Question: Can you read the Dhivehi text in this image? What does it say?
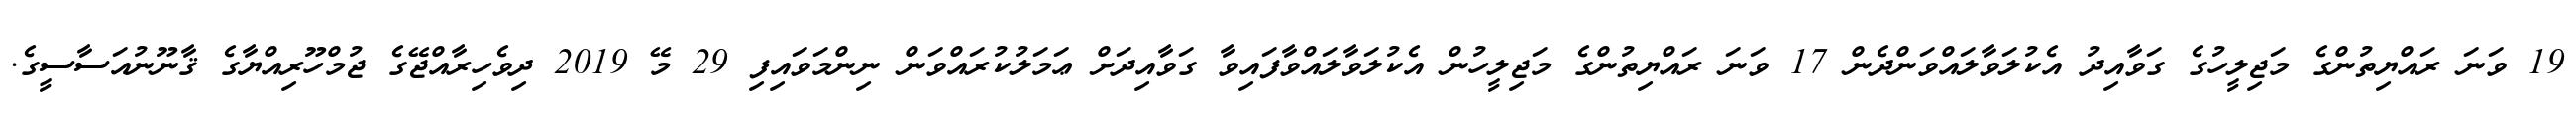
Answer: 19 ވަނަ ރައްޔިތުންގެ މަޖިލީހުގެ ގަވާއިދު އެކުލަވާލައްވަންދެން 17 ވަނަ ރައްޔިތުންގެ މަޖިލީހުން އެކުލަވާލައްވާފައިވާ ގަވާއިދަށް ޢަމަލުކުރައްވަން ނިންމަވައިފި 29 މޭ 2019 ދިވެހިރާއްޖޭގެ ޖުމްހޫރިއްޔާގެ ޤާނޫނުއަސާސީގެ.